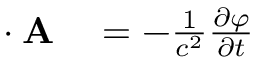
\begin{array} { r l } { \mathbf { \nabla } \cdot \mathbf { A } } & { { } = - { \frac { 1 } { c ^ { 2 } } } { \frac { \partial \varphi } { \partial t } } } \end{array}